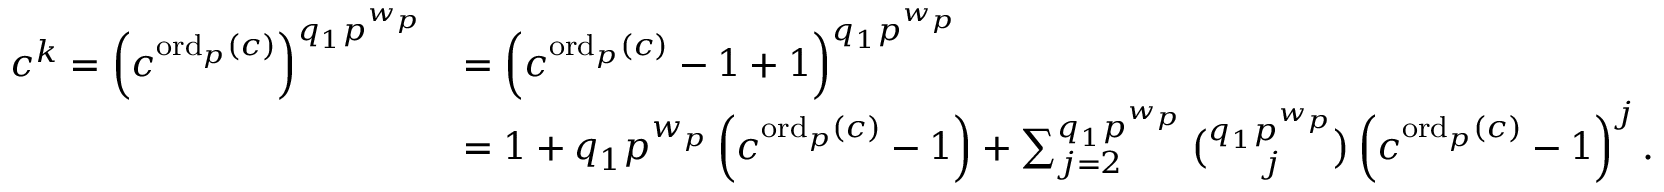
\begin{array} { r l } { c ^ { k } = \left( c ^ { \operatorname * { o r d } _ { p } ( c ) } \right) ^ { q _ { 1 } p ^ { w _ { p } } } } & { = \left( c ^ { \operatorname * { o r d } _ { p } ( c ) } - 1 + 1 \right) ^ { q _ { 1 } p ^ { w _ { p } } } } \\ & { = 1 + q _ { 1 } p ^ { w _ { p } } \left( c ^ { \operatorname * { o r d } _ { p } ( c ) } - 1 \right) + \sum _ { j = 2 } ^ { q _ { 1 } p ^ { w _ { p } } } \binom { q _ { 1 } p ^ { w _ { p } } } { j } \left( c ^ { \operatorname * { o r d } _ { p } ( c ) } - 1 \right) ^ { j } . } \end{array}